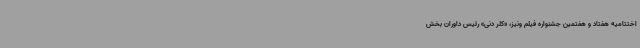
اختتامیه هفتاد و هفتمین جشنواره فیلم ونیز، «کلر دنی» رئیس داوران بخش